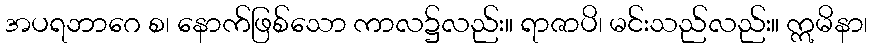
အပရဘာဂေ စ၊ နောက်ဖြစ်သော ကာလ၌လည်း။ ရာဇာပိ၊ မင်းသည်လည်း။ ဣမိနာ၊